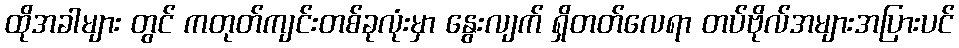
ထိုအခါများ တွင် ကတုတ်ကျင်းတစ်ခုလုံးမှာ နွေးလျက် ရှိတတ်လေရာ တပ်ဗိုလ်အများအပြားပင်